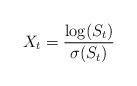
LaTeX: \begin{align*}X_t=\frac{\log(S_t)}{\sigma(S_t)}\end{align*}